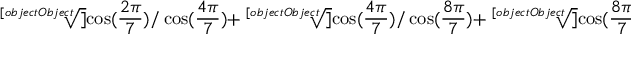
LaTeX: { \sqrt [ [object Object] ] { \cos ( { \frac { 2 \pi } { 7 } } ) / \cos ( { \frac { 4 \pi } { 7 } } ) } } + { \sqrt [ [object Object] ] { \cos ( { \frac { 4 \pi } { 7 } } ) / \cos ( { \frac { 8 \pi } { 7 } } ) } } + { \sqrt [ [object Object] ] { \cos ( { \frac { 8 \pi } { 7 } } ) / \cos ( { \frac { 2 \pi } { 7 } } ) } } = - { \sqrt [ [object Object] ] { 7 } } .